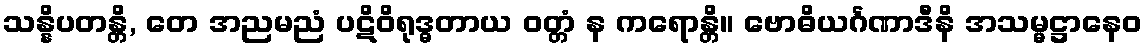
သန္နိပတန္တိ, တေ အညမညံ ပဋိဝိရုဒ္ဓတာယ ဝတ္တံ န ကရောန္တိ။ ဗောဓိယင်္ဂဏာဒီနိ အသမ္မဋ္ဌာနေဝ